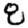
Digit: 8